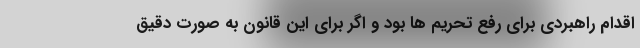
اقدام راهبردی برای رفع تحریم ها بود و اگر برای این قانون به صورت دقیق